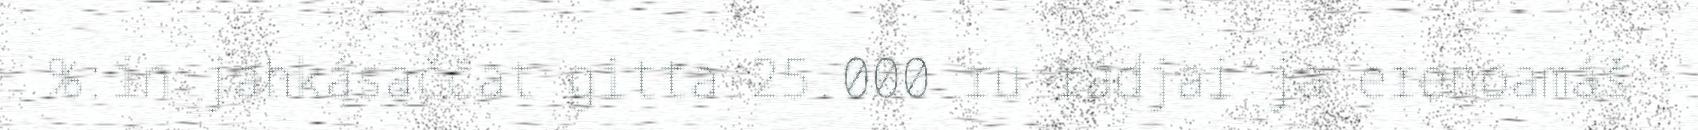
%:in jahkásaččat gitta 25.000 ru rádjai ja erenoamáš